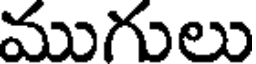
ముగులు